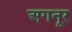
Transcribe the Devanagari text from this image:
अगनूर